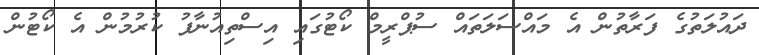
ދައުލަތުގެ ފަރާތުން އެ މައްސަލަތައް ސުޕްރީމް ކޯޓުގައި އިސްތިއުނާފު ކުރުމުން އެ ކޯޓުން